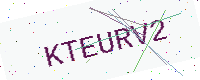
Text: KTEURV2